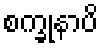
စက္ခုနာပိ